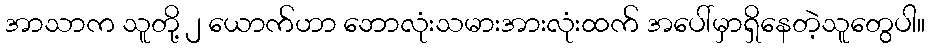
အာသာက သူတို့ ၂ ယောက်ဟာ ဘောလုံးသမားအားလုံးထက် အပေါ်မှာရှိနေတဲ့သူတွေပါ။